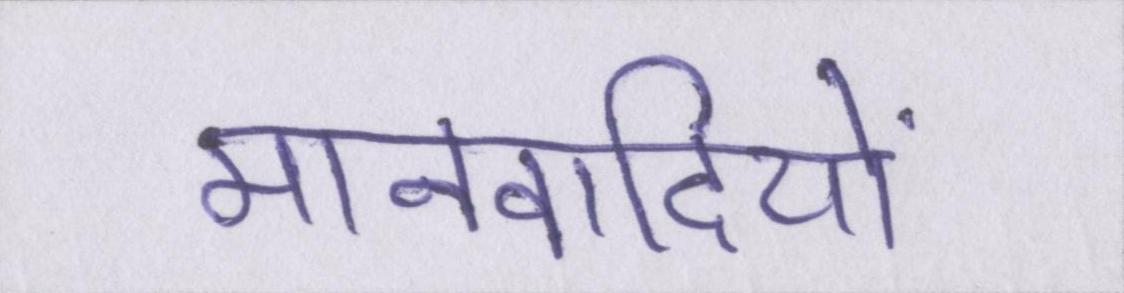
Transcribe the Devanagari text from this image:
मानवादियों